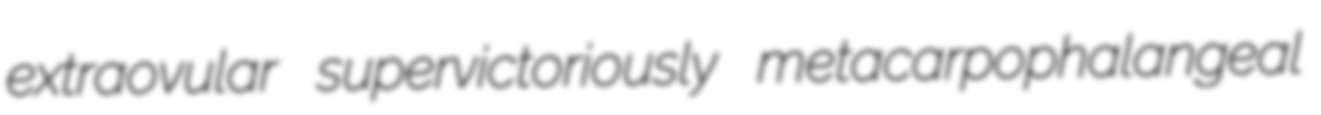
extraovular supervictoriously metacarpophalangeal